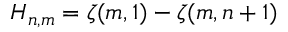
H _ { n , m } = \zeta ( m , 1 ) - \zeta ( m , n + 1 )